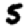
Digit: 5